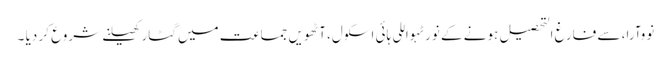
نووآرا، سے فارغ التحصیل ہونے کے نورٹہواللی ہائی اسکول، آٹھویں جماعت میں گٹار کھیلنے شروع کر دیا ۔